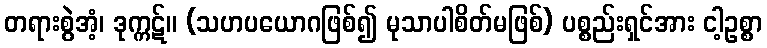
တရားစွဲအံ့၊ ဒုက္ကဋ်။ (သဟပယောဂဖြစ်၍ မုသာပါစိတ်မဖြစ်) ပစ္စည်းရှင်အား ငါ့ဥစ္စာ